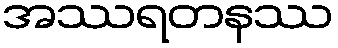
အဿရတနဿ